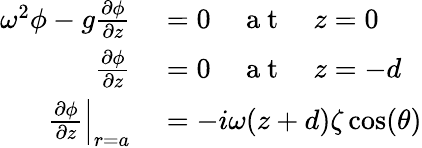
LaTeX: \begin{array}{rl}{\omega^{2}\phi-g\frac{\partial\phi}{\partial z}}&{{}=0\quad\mathrm{~a~t~}\quad z=0}\\ {\frac{\partial\phi}{\partial z}}&{{}=0\quad\mathrm{~a~t~}\quad z=-d}\\ {\frac{\partial\phi}{\partial z}\Bigr|_{r=a}}&{{}=-i\omega(z+d)\zeta\cos(\theta)}\end{array}